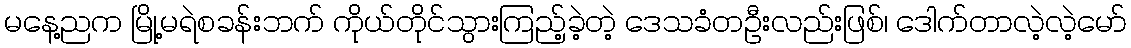
မနေ့ညက မြို့မရဲစခန်းဘက် ကိုယ်တိုင်သွားကြည့်ခဲ့တဲ့ ဒေသခံတဦးလည်းဖြစ်၊ ဒေါက်တာလဲ့လဲ့မော်